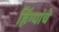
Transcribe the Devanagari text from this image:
हिंग्यांचे